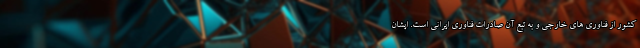
کشور از فناوری های خارجی و به تبع آن صادرات فناوری ایرانی است. ایشان